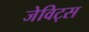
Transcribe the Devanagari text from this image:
जेविट्स